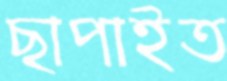
ছাপাইত